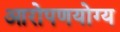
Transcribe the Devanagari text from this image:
आरोपणयोग्य